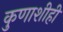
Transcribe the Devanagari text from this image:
कुणाशीही